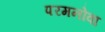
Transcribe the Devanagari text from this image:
परमनोवा